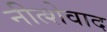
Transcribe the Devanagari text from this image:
नीत्शेवाद